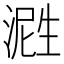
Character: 𬈤